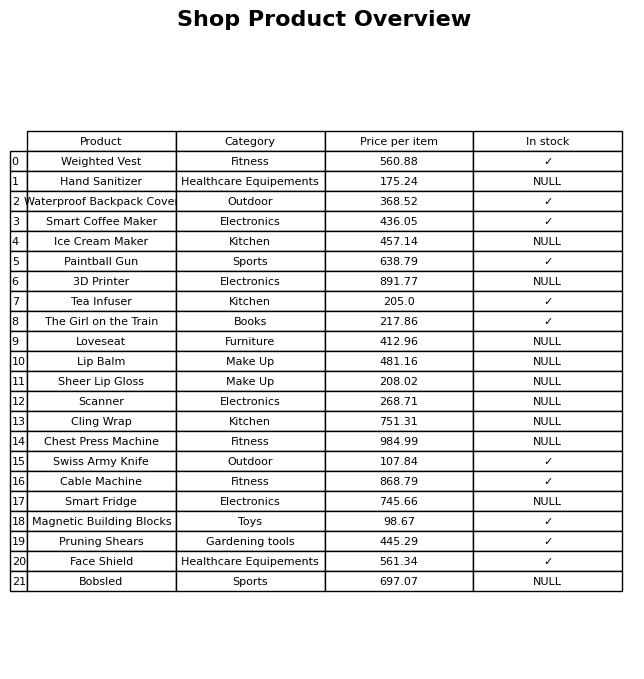
question: Is the Paintball Gun in stock?
answer: ✓